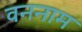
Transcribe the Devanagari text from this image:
वननाम